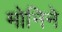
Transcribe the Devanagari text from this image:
मोनिने